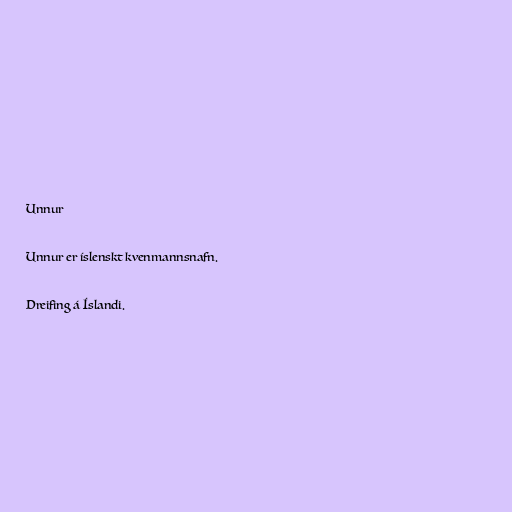
Unnur

Unnur er íslenskt kvenmannsnafn.

Dreifing á Íslandi.